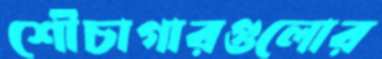
শৌচাগারগুলোর